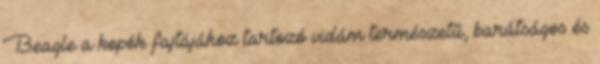
Beagle a kopók fajtájához tartozó vidám természetű, barátságos és